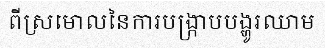
ពីស្រមោលនៃការបង្ក្រាបបង្ហូរឈាម